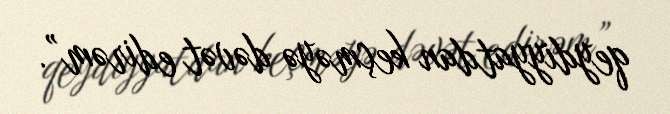
qeydiyyatdan keçməyə dəvət edirəm”.